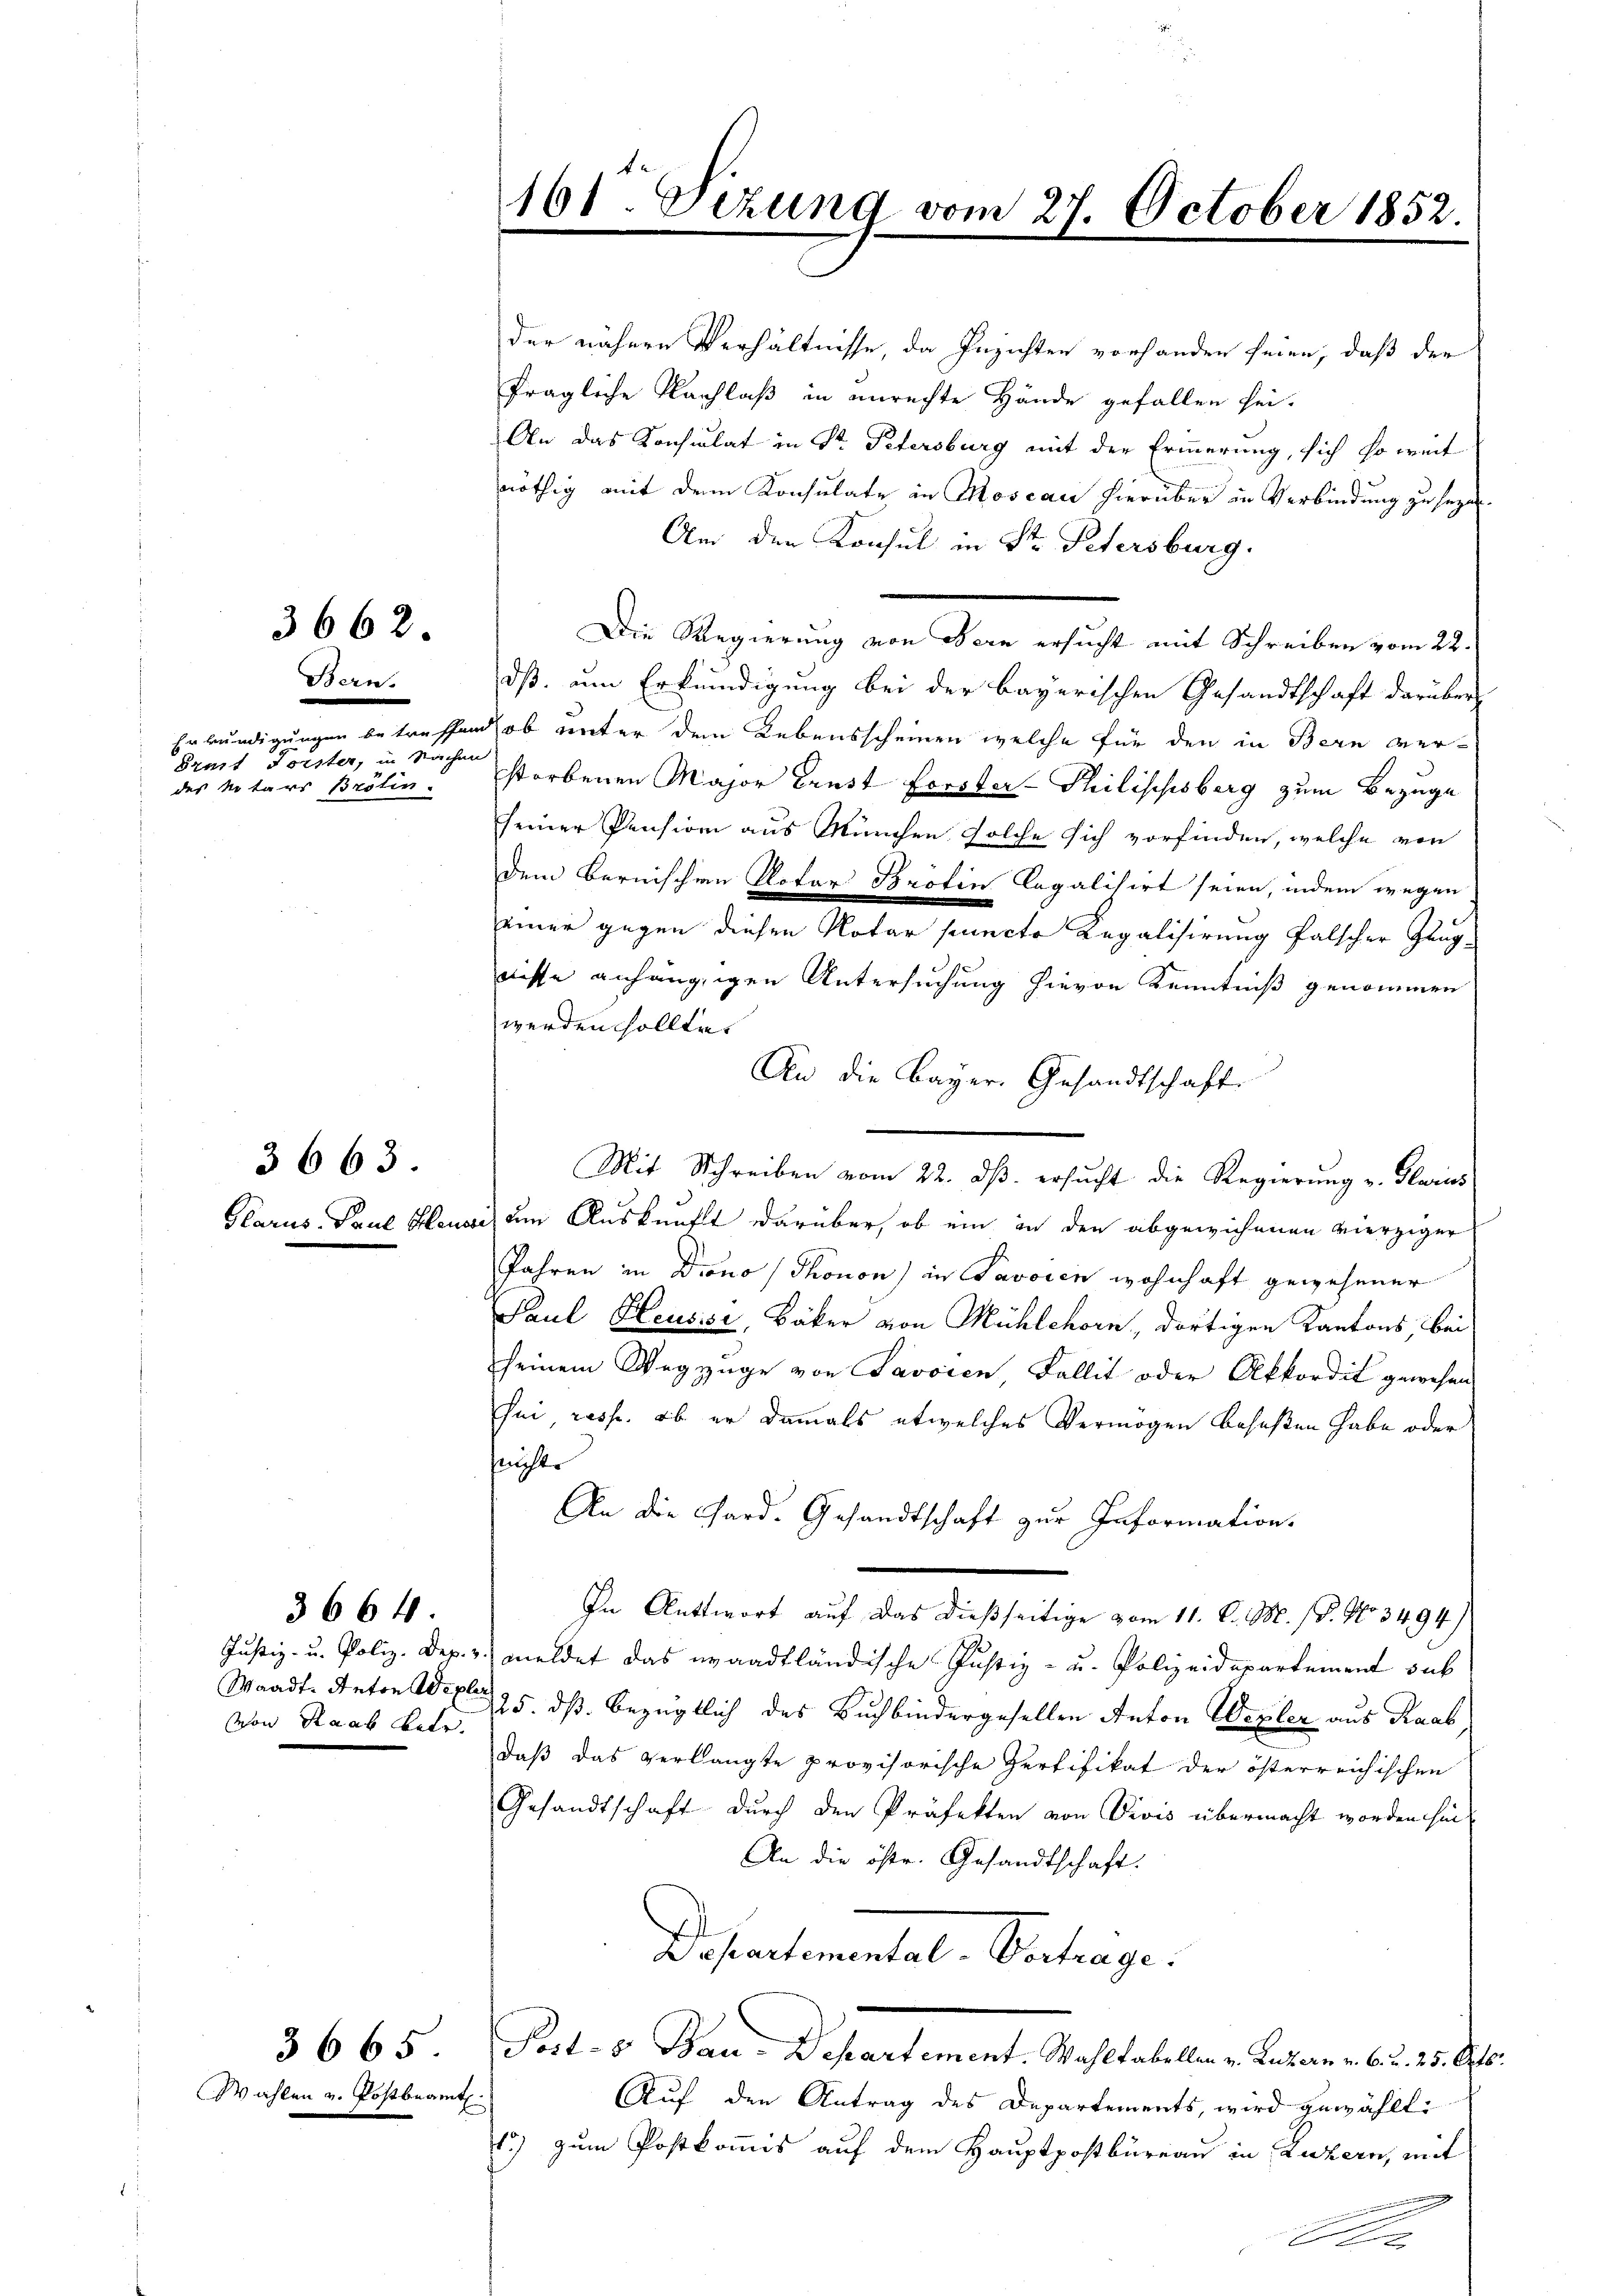
161 Sizung vom 27. October 1852.

der nähere Verhältnisse, da Inzichten vorhanden seien, daß der
fragliche Nachlaß in unrechte Hände gefallen sei.
An das Konsulat in Sr. Petersburg mit der Erinnerung, sich so weit
nöthig mit dem Konsulate in Moscan hierüber in Verbindung zu seyen.
Am den Konsul in Dr. Petersburg.
Die Regierung von Bern ersucht mit Schreiben vom 22.
dß um Erkundigung bei der bayerischen Gesandtschaft darüber
Erkundigungen betreffend ob unter den Lebensscheinen welche für den in Bern verstorbenen Major Ernst Forster-Philischsberg zum Bezuge
seiner Pension aus München solche sich vorfinden, welche von
dem Bernischen Notar Brotin legalisirt seien, indem wegen
einer gegen diesen Notar puncte Regalisirung falscher Zeugnisse anhängigen Untersuchung hievon Kenntniß genommen
werden sollte.
An die Bayer. Gesandtschaft
Mit Schreiben vom 22. ds. ersucht die Regierung v. Glarus
Glarus, Paul Hause um Auskunft darüber, ob ein in den abgewichenen vierziger
Jahren in Drono (Thonon) in Savoren wohnhaft gewesener
Paul Heusisi, Bäker von Mühlehorn, dortigen Kantons, bei
seinem Wegzuge von Savoien, Fallit oder Akkordit gewesen
sei, resp. ob er damals etwelches Vermögen beseßen habe oder
süchte
An die Gard. Gesandtschaft zur Information.
In Antwort auf das dießseitige vom 11. d. M. (T. No 3494)
Justiz- u. Poliz. Dep. v. meldet das waadtländische Justiz- u. Polizeidepartement sub
Waadt-Anton Weg 25. dß. bezüglich des Buchbindergesellen Anton Wegler aus Raab
daß das verlangte provisorische Zertifikat der österreichischen
Gesandtschaft durch den Präfekten von Divis übermacht worden hin-
An die öste. Gesandtschaft.
Departemental-Verhage
Post- & Bau-Departement. Wahltabellen v. Luzern v. 6. d. 25. Octb.
Auf den Antrag des Departements, wird gewählt:
1) zum Postkommis auf dem Hauptpostbüreau in Luzern, mit
A

3662.

Bern.
Brust Forster, in Sachen
des Notars Brötin.

3663.

von Raab betr.

366 f

Wahlen v. Postbeamt

3665